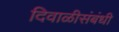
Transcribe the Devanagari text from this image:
दिवाळीसंबंधी